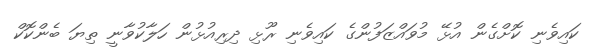
ކައިވެނި ކޮށްގެން އުޅޭ މުވައްޒަފުންގެ ކައިވެނި ރޫޅި ދިރިއުޅުން ހަލާކުވާނީ ތިޔަ ބެންކޮކް